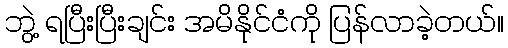
ဘွဲ့ ရပြီးပြီးချင်း အမိနိုင်ငံကို ပြန်လာခဲ့တယ်။